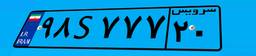
۱۷S۲۲۸۷۶